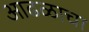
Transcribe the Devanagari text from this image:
आढळाचा